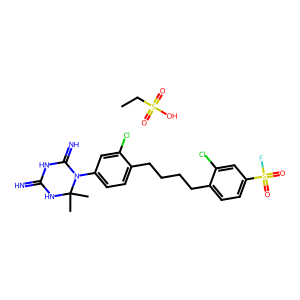
SMILES: CC1(C)NC(=N)NC(=N)N1c1ccc(CCCCc2ccc(S(=O)(=O)F)cc2Cl)c(Cl)c1.CCS(=O)(=O)O
Inhibits HIV replication: No